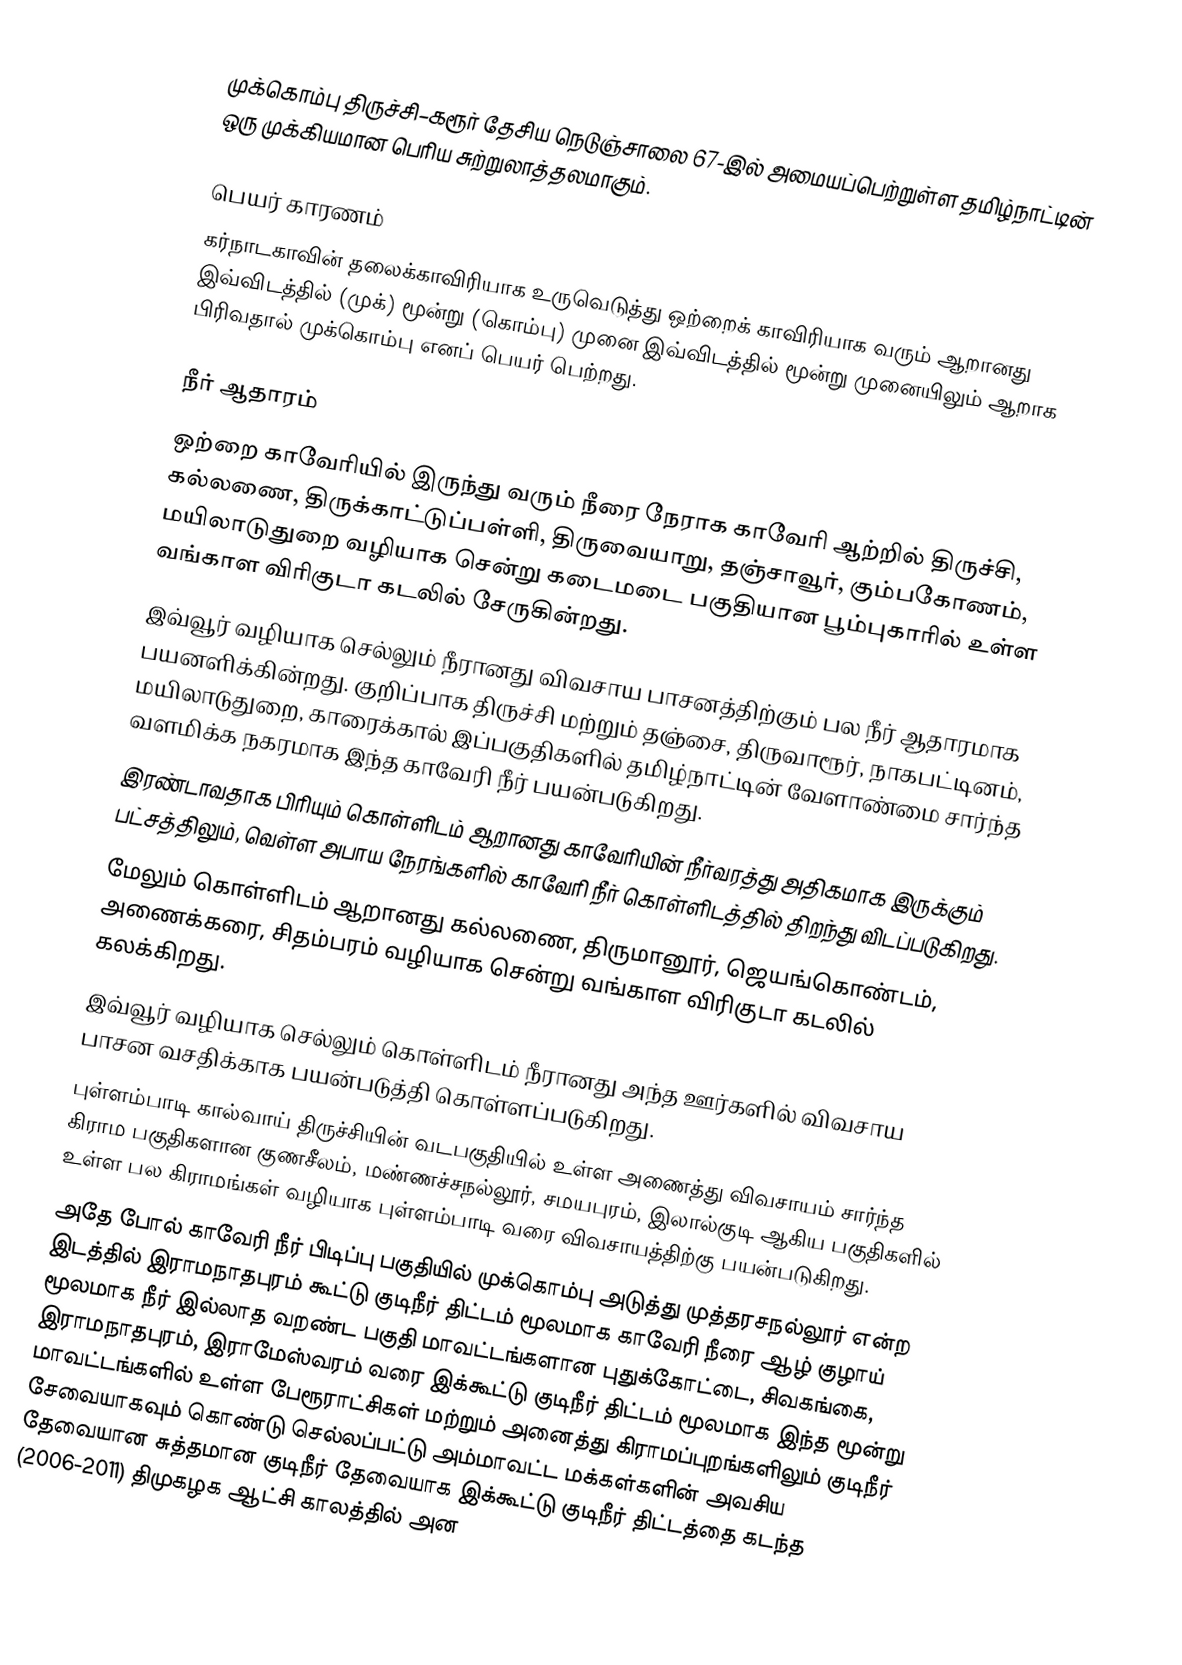
முக்கொம்பு  திருச்சி–கரூர் தேசிய நெடுஞ்சாலை 67-இல் அமையப்பெற்றுள்ள தமிழ்நாட்டின் ஒரு முக்கியமான பெரிய சுற்றுலாத்தலமாகும்.

பெயர் காரணம்
 கர்நாடகாவின் தலைக்காவிரியாக உருவெடுத்து ஒற்றைக் காவிரியாக வரும் ஆறானது இவ்விடத்தில் (முக்) மூன்று (கொம்பு) முனை இவ்விடத்தில் மூன்று முனையிலும் ஆறாக பிரிவதால் முக்கொம்பு எனப் பெயர் பெற்றது.

நீர் ஆதாரம்
 ஒற்றை காவேரியில் இருந்து வரும் நீரை நேராக காவேரி ஆற்றில் திருச்சி, கல்லணை, திருக்காட்டுப்பள்ளி, திருவையாறு, தஞ்சாவூர், கும்பகோணம், மயிலாடுதுறை வழியாக சென்று கடைமடை பகுதியான பூம்புகாரில் உள்ள வங்காள விரிகுடா கடலில் சேருகின்றது.
 இவ்வூர் வழியாக செல்லும் நீரானது விவசாய பாசனத்திற்கும் பல நீர் ஆதாரமாக பயனளிக்கின்றது. குறிப்பாக திருச்சி மற்றும் தஞ்சை, திருவாரூர், நாகபட்டினம், மயிலாடுதுறை, காரைக்கால் இப்பகுதிகளில் தமிழ்நாட்டின் வேளாண்மை சார்ந்த வளமிக்க நகரமாக இந்த காவேரி நீர் பயன்படுகிறது.
 இரண்டாவதாக பிரியும் கொள்ளிடம் ஆறானது காவேரியின் நீர்வரத்து அதிகமாக இருக்கும் பட்சத்திலும், வெள்ள அபாய நேரங்களில் காவேரி நீர் கொள்ளிடத்தில் திறந்து விடப்படுகிறது.
 மேலும் கொள்ளிடம் ஆறானது கல்லணை, திருமானூர், ஜெயங்கொண்டம், அணைக்கரை, சிதம்பரம் வழியாக சென்று வங்காள விரிகுடா கடலில் கலக்கிறது.
 இவ்வூர் வழியாக செல்லும் கொள்ளிடம் நீரானது அந்த ஊர்களில் விவசாய பாசன வசதிக்காக பயன்படுத்தி கொள்ளப்படுகிறது.
 புள்ளம்பாடி கால்வாய் திருச்சியின் வடபகுதியில் உள்ள அணைத்து விவசாயம் சார்ந்த கிராம பகுதிகளான குணசீலம், மண்ணச்சநல்லூர், சமயபுரம், இலால்குடி ஆகிய பகுதிகளில் உள்ள பல கிராமங்கள் வழியாக புள்ளம்பாடி வரை விவசாயத்திற்கு பயன்படுகிறது.
 அதே போல் காவேரி நீர் பிடிப்பு பகுதியில் முக்கொம்பு அடுத்து முத்தரசநல்லூர் என்ற இடத்தில் இராமநாதபுரம் கூட்டு குடிநீர் திட்டம் மூலமாக காவேரி நீரை ஆழ் குழாய் மூலமாக நீர் இல்லாத வறண்ட பகுதி மாவட்டங்களான புதுக்கோட்டை, சிவகங்கை, இராமநாதபுரம், இராமேஸ்வரம் வரை இக்கூட்டு குடிநீர் திட்டம் மூலமாக இந்த மூன்று மாவட்டங்களில் உள்ள பேரூராட்சிகள் மற்றும் அனைத்து கிராமப்புறங்களிலும் குடிநீர் சேவையாகவும் கொண்டு செல்லப்பட்டு அம்மாவட்ட மக்கள்களின் அவசிய தேவையான சுத்தமான குடிநீர் தேவையாக இக்கூட்டு குடிநீர் திட்டத்தை கடந்த (2006-2011) திமுகழக ஆட்சி காலத்தில் அன